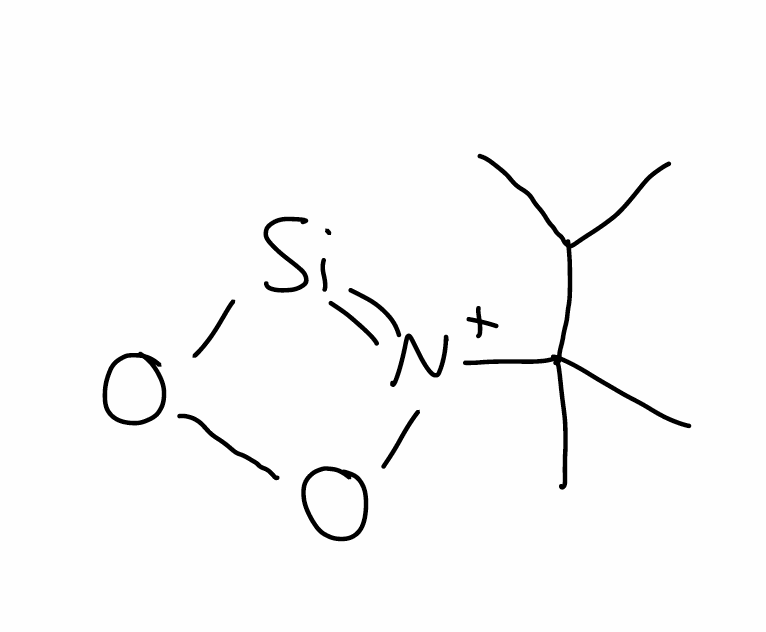
Simplified molecular-input line-entry system (SMILES) notation of the given molecule:
CC(C)C(C)(C)[N+]1=[Si]OO1